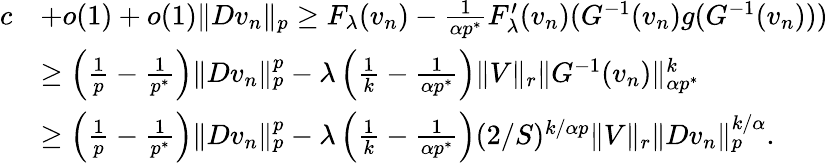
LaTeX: \begin{array}{rl}{c}&{+o(1)+o(1)\| Dv_{n}\| _{p}\ge F_{\lambda}(v_{n})-\frac{1}{\alpha p^{*}}F_{\lambda}^{\prime}(v_{n})(G^{-1}(v_{n})g(G^{-1}(v_{n})))}\\ &{\ge\left(\frac{1}{p}-\frac{1}{p^{*}}\right)\| Dv_{n}\| _{p}^{p}-\lambda\left(\frac 1k-\frac{1}{\alpha p^{*}}\right)\| V\| _{r}\| G^{-1}(v_{n})\| _{\alpha p^{*}}^{k}}\\ &{\ge\left(\frac{1}{p}-\frac{1}{p^{*}}\right)\| Dv_{n}\| _{p}^{p}-\lambda\left(\frac 1k-\frac{1}{\alpha p^{*}}\right)(2/S)^{k/\alpha p}\| V\| _{r}\| Dv_{n}\| _{p}^{k/\alpha}.}\end{array}